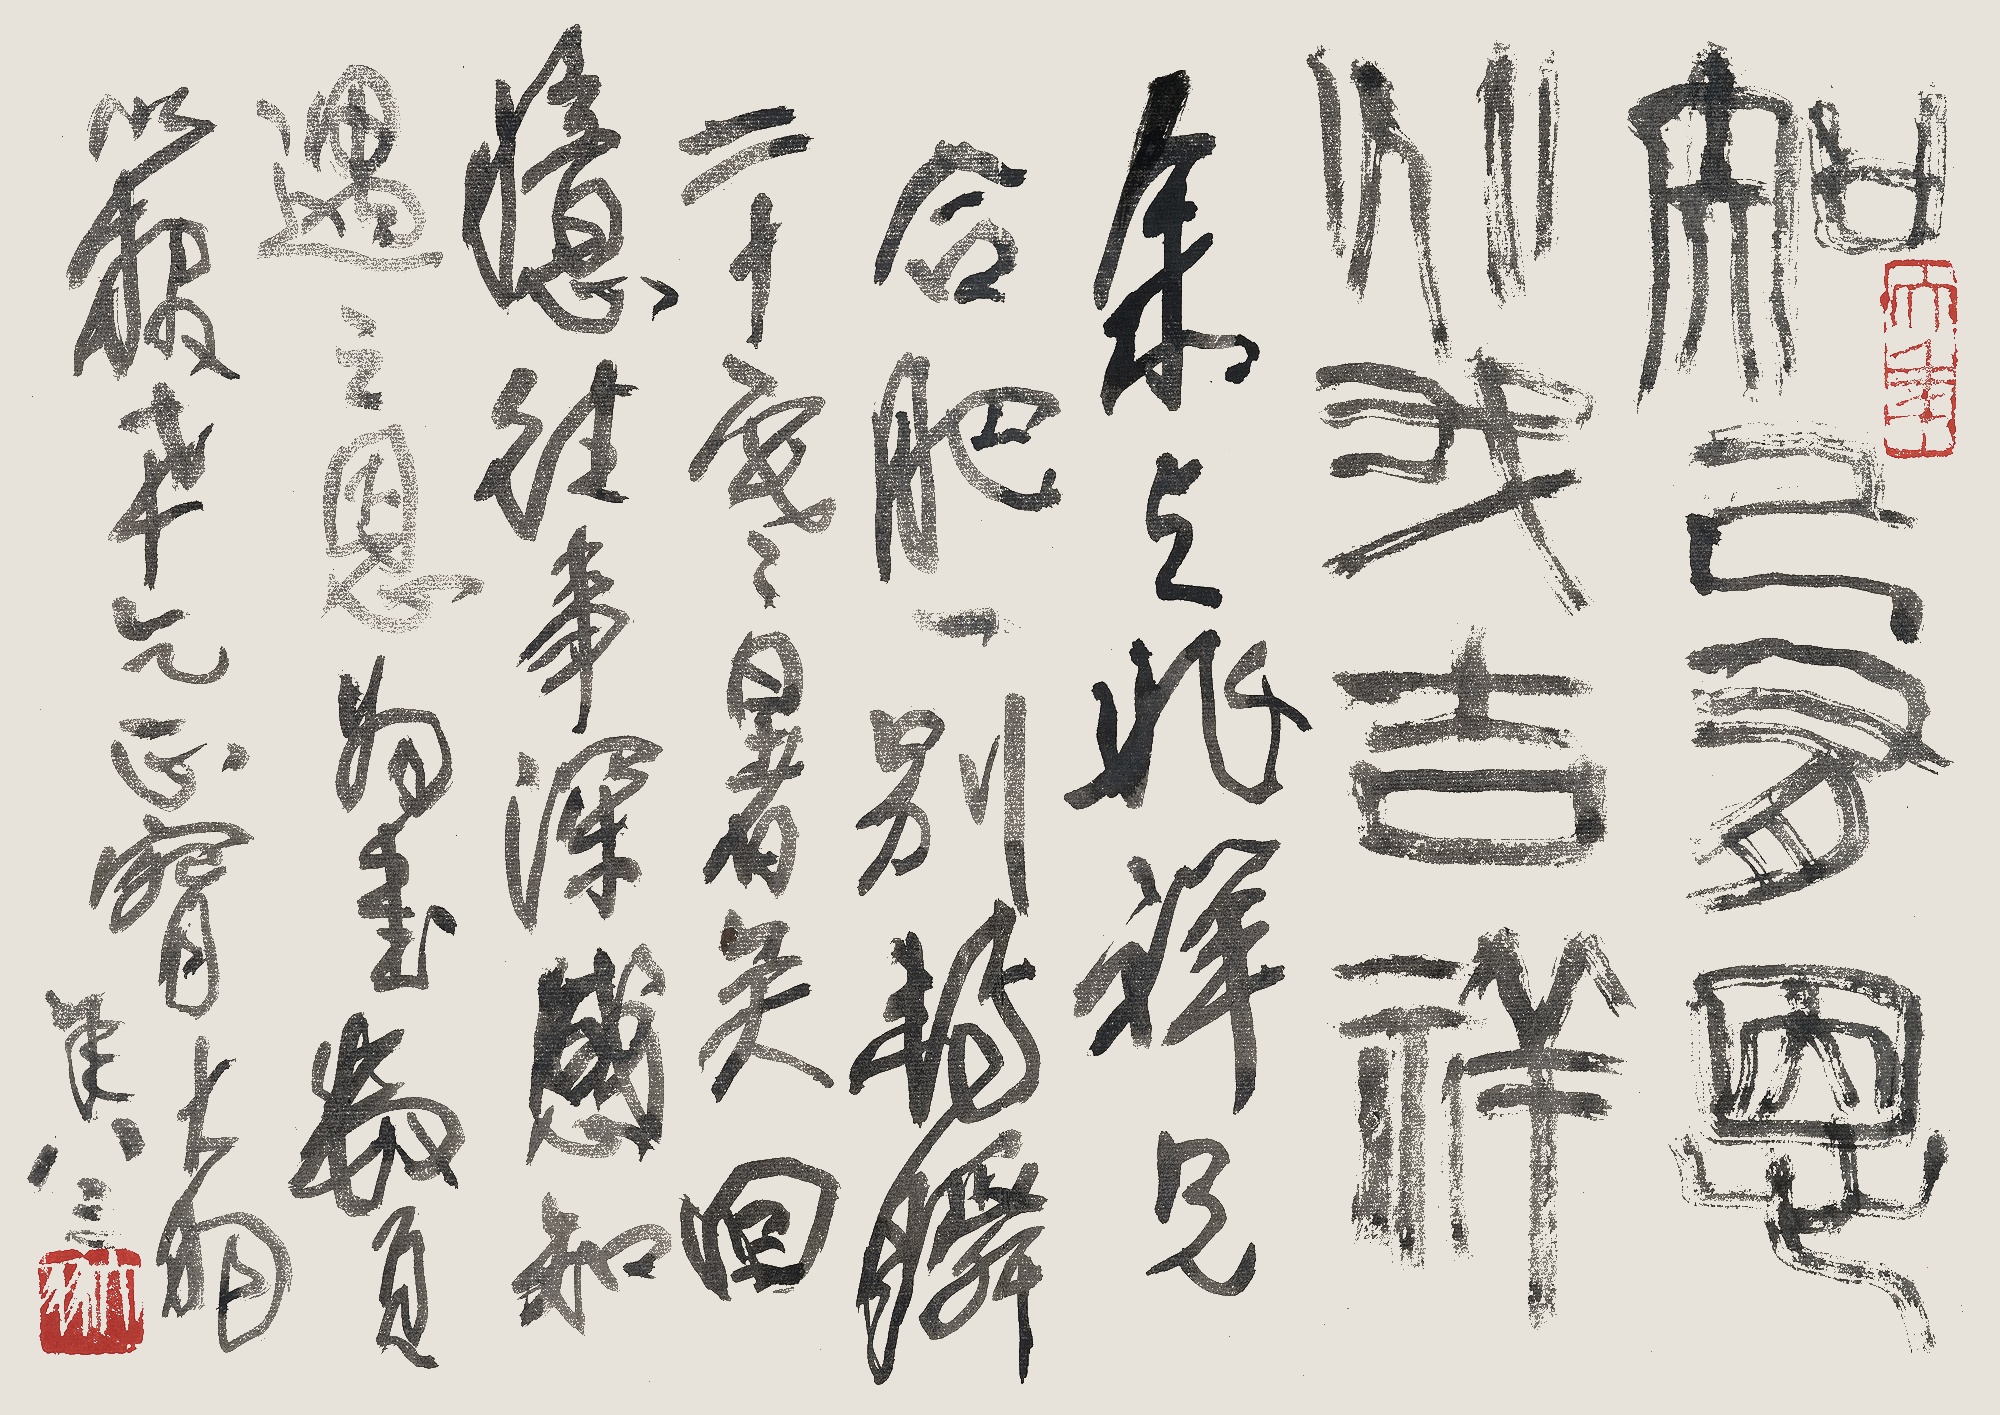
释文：知己有恩，兆我吉祥。余与兆祥兄合肥一别，转瞬二十寒暑矣。回忆往事深感知遇之恩，为书数页以报，幸乞正腕。大羽年八三。